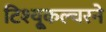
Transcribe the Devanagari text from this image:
टिश्यू्कल्चरने